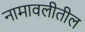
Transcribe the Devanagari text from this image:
नामावलीतील